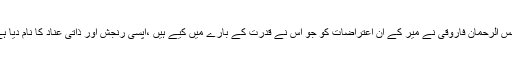
شمس الرحمان فاروقی نے میر کے ان اعتراضات کو جو اس نے قدرت کے بارے میں کیے ہیں ،آپسی رنجش اور ذاتی عناد کا نام دیا ہے ۔